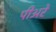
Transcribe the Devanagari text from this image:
पीअरे